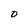
Character: D